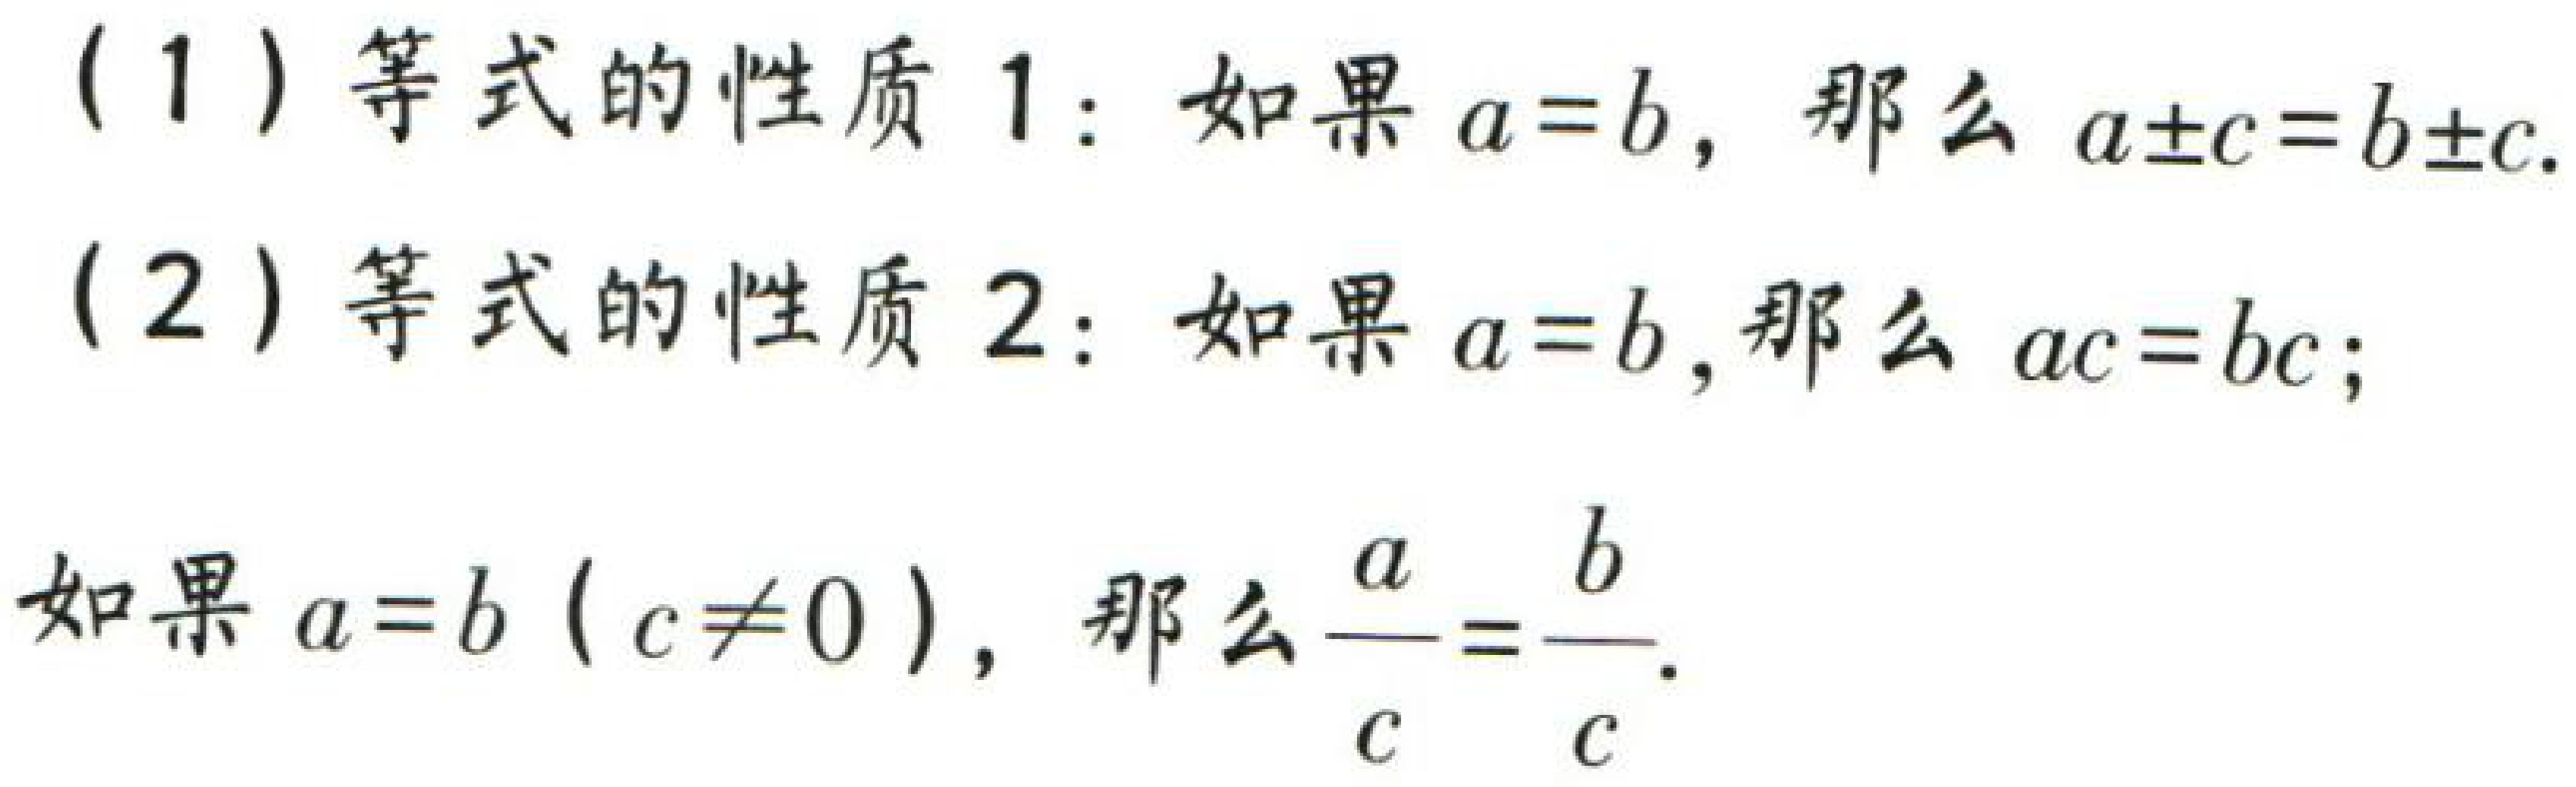
(1) 等式的性质 1：如果 \(a = b\)，那么 \(a\pm c = b\pm c\).

(2) 等式的性质 2：如果 \(a = b\)，那么 \(ac = bc\)；

如果 \(a = b\ (c\neq0)\)，那么 \(\frac{a}{c}=\frac{b}{c}\).